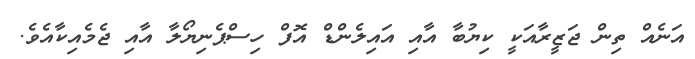
އަނެއް ތިން ޖަޒީރާއަކީ ކިޔުބާ އާއި އައިލެންޑް އޮފް ހިސްޕެނިޔޯލާ އާއި ޖެމެއިކާއެވެ.